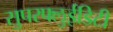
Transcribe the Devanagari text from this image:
सुपरफ्लुईडिटी